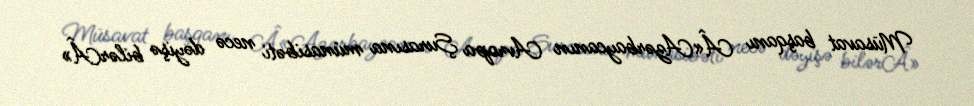
Müsavat başqanı Â«Azərbaycanın Avropa Şurasına münasibəti necə dəyişə bilərÂ»